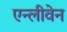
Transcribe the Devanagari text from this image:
एन्लीवेन